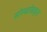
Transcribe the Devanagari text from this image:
संस्थांबद्दल